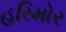
હરિમોર